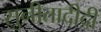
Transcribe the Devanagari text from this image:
सुनीतादीदी